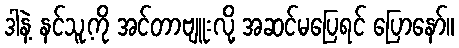
ဒါနဲ့ နင်သူ့ကို အင်တာဗျူးလို့ အဆင်မပြေရင် ပြောနော်။